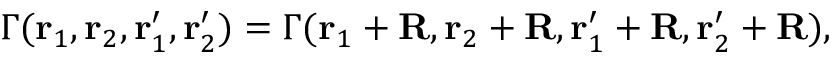
\Gamma ( { \bf r } _ { 1 } , { \bf r } _ { 2 } , { \bf r } _ { 1 } ^ { \prime } , { \bf r } _ { 2 } ^ { \prime } ) = \Gamma ( { \bf r } _ { 1 } + { \bf R } , { \bf r } _ { 2 } + { \bf R } , { \bf r } _ { 1 } ^ { \prime } + { \bf R } , { \bf r } _ { 2 } ^ { \prime } + { \bf R } ) ,